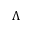
\Lambda